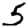
Digit: 5